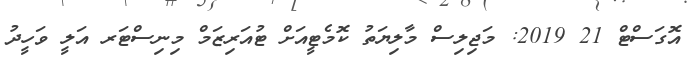
އޮގަސްޓް 21 2019: މަޖިިލިސް މާލިޔަތު ކޮމެޓީއަށް ޓުއަރިޒަމް މިނިސްޓަރ އަލީ ވަހީދު